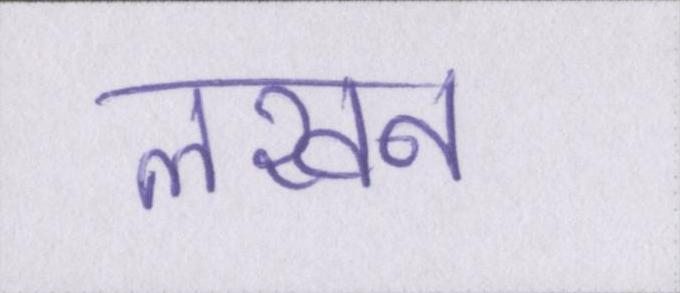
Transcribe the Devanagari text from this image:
लखन